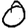
Digit: 0